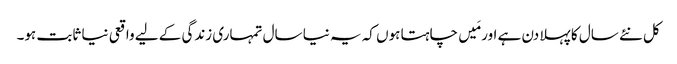
کل نئے سال کا پہلا دن ہے اور مَیں چاہتا ہوں کہ یہ نیا سال تمہاری زندگی کے لیے واقعی نیا ثابت ہو۔